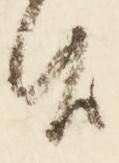
候